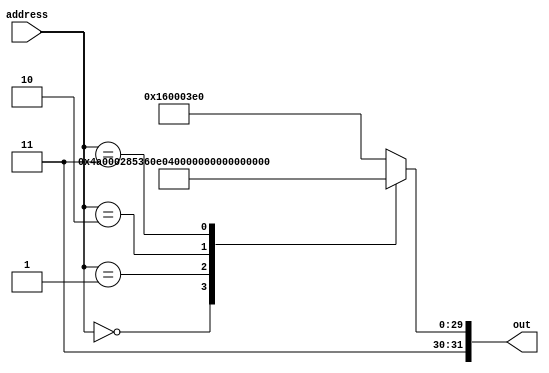
module ROM_GPIO_Timer(out, address);
output reg [31:0] out;
input  [15:0] address; // address- 16 deep memory  
always @(address) begin
case (address)
16'h0000:  out = 32'b11010010100000000000000010100001; // MOVZ X1, 5			// set registry to allocated memory
16'h0001:  out = 32'b11010011011000001110000000100001; // LSL X1, X1, 56
16'h0002:  out = 32'b11111000010000000100000000101010; // LDUR X10, [X1, 4]
16'h0003:  out = 32'b11111000000000000011000000101010; // STUR X10, [X1, 3]
16'h0004:  out = 32'b11010110000000000000001111100000; // BR XZR
default: out=32'hD60003E0; //BR XZR
endcase
end
endmodule